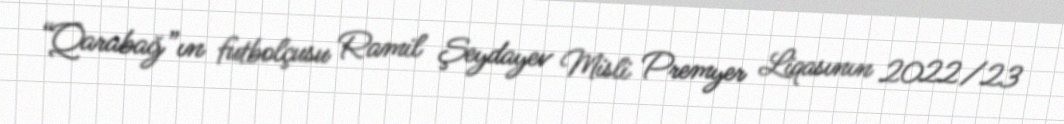
“Qarabağ”ın futbolçusu Ramil Şeydayev Misli Premyer Liqasının 2022/23